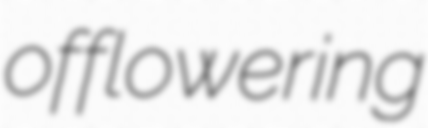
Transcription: of flowering